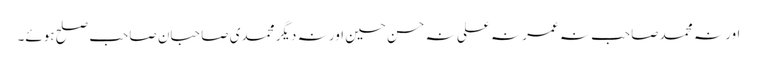
اور نہ محمد صاحب نہ عمر نہ علی نہ حسن حسین اور نہ دیگر محمدی صاحبان صاحب صلح ہوئے۔